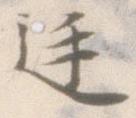
廷